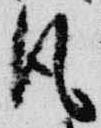
風